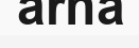
arna